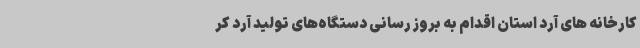
کارخانه های آرد استان اقدام به بروز رسانی دستگاه‌های تولید آرد کر